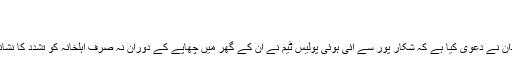
متاثرہ خاندان کا ...
Jun 19, 2020 | 10:53:AM
کراچی(ڈیلی پاکستان آن لائن) کورنگی انڈسٹریل میں مقیم ایک خاندان نے دعویٰ کیا ہے کہ شکار پور سے آئی ہوئی پولیس ٹیم نے ان کے گھر میں چھاپے کے دوران نہ صرف اہلخانہ کو تشدد کا نشانہ بنایا بلکہ لوٹ مار کرتے ہوئے نقدی اورزیورات بھی لے گئے۔